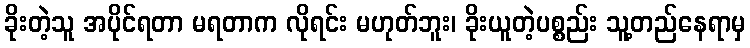
ခိုးတဲ့သူ အပိုင်ရတာ မရတာက လိုရင်း မဟုတ်ဘူး၊ ခိုးယူတဲ့ပစ္စည်း သူ့တည်နေရာမှ